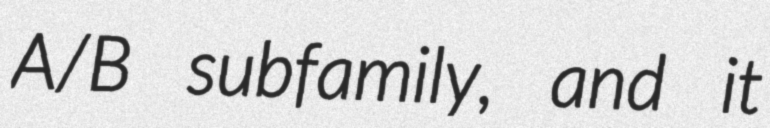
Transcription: A/B subfamily, and it